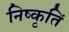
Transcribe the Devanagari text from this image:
निष्कृतिं